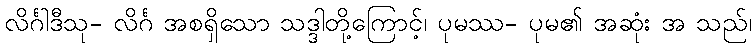
လိင်္ဂါဒီသု- လိင်္ဂ အစရှိသော သဒ္ဒါတို့ကြောင့်၊ ပုမဿ- ပုမ၏ အဆုံး အ သည်၊